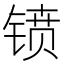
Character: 𫔁